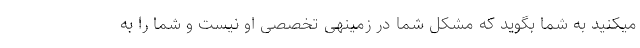
میکنید به شما بگوید که مشکل شما در زمینهی تخصصی او نیست و شما را به